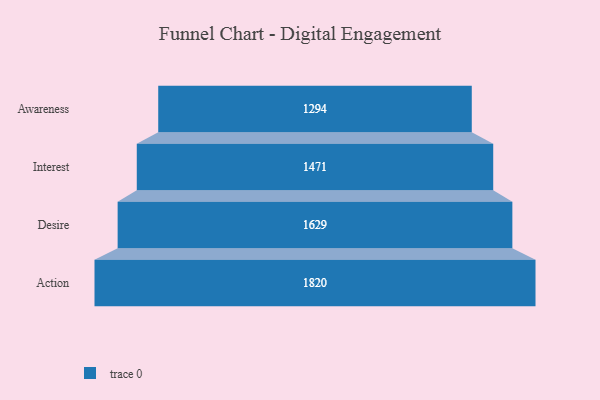
{"axis": {"x": "Stage", "y": "Value"}, "legend": [""], "data": [{"x": "Awareness", "y": 1294.0, "type": ""}, {"x": "Interest", "y": 1471.0, "type": ""}, {"x": "Desire", "y": 1629.0, "type": ""}, {"x": "Action", "y": 1820.0, "type": ""}]}